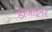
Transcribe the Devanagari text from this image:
डीजाइनर